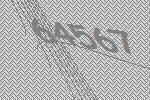
64567